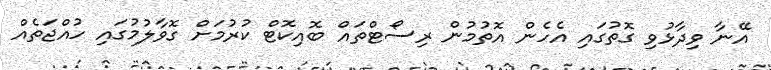
އޭނާ ވިދާޅުވި ގޮތުގައި އެހެން އޮތުމުން ރިސޯޓްތައް ބޮއިކޮޓް ކުރުމަށް ގޮވާލުމުގައި ހުއްޖަތެއް